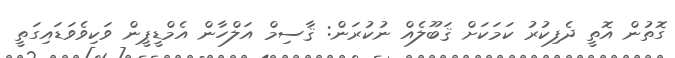
ގޮތުން އޮތީ ދެފިކުރު ކަމަކަށް ޤަބޫލެއް ނުކުރަން: ޤާސިމް އަލްހާން އެމްޑީޕީން ވަކިވެވަޑައިގަތީ